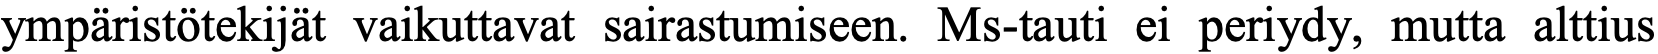
ympäristötekijät vaikuttavat sairastumiseen. Ms-tauti ei periydy, mutta alttius